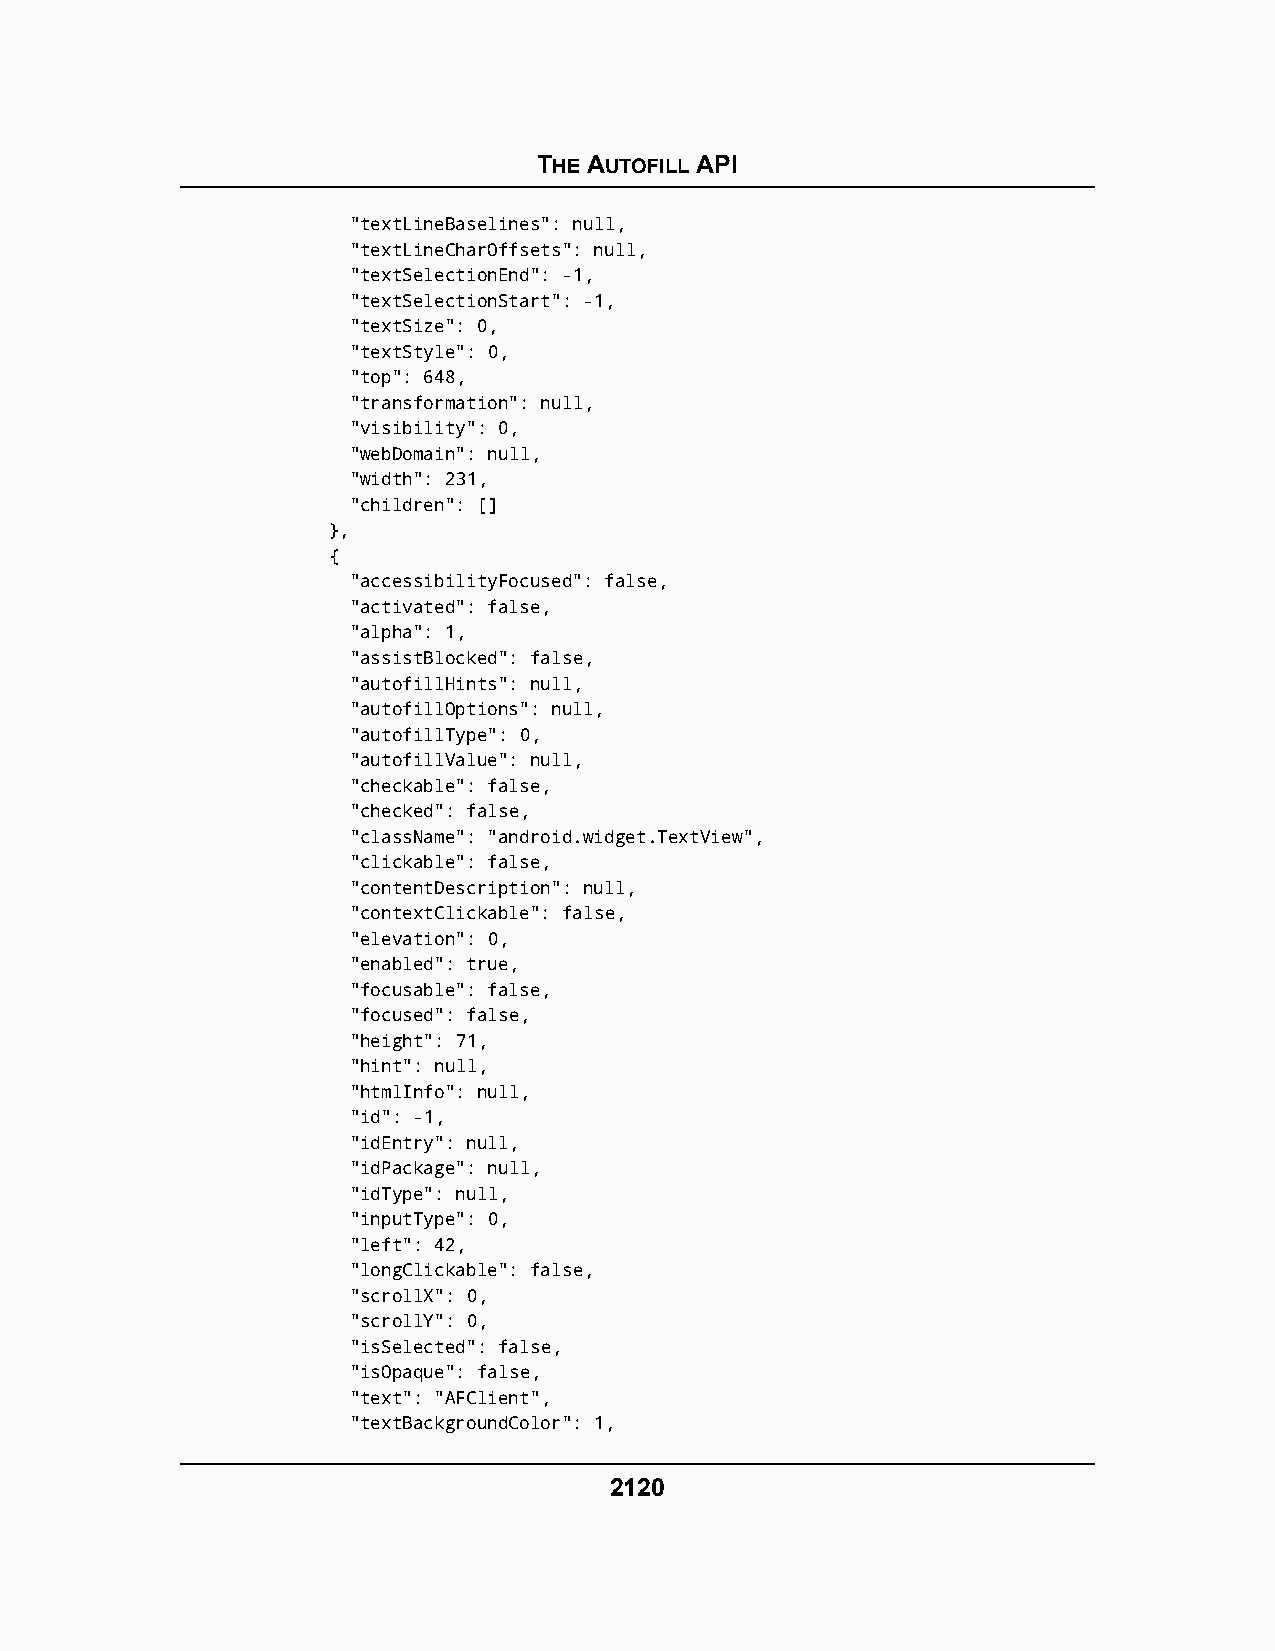
THE AUTOFILL API
 "textLineBaselines": null,
 "textLineCharOffsets": null,
 "textSelectionEnd": -1,
 "textSelectionStart": -1,
 "textSize": 0,
 "textStyle": 0,
 "top": 648,
 "transformation": null,
 "visibility": 0,
 "webDomain": null,
 "width": 231,
 "children": []
 },
 {
 "accessibilityFocused": false,
 "activated": false,
 "alpha": 1,
 "assistBlocked": false,
 "autofillHints": null,
 "autofillOptions": null,
 "autofillType": 0,
 "autofillValue": null,
 "checkable": false,
 "checked": false,
 "className": "android.widget.TextView",
 "clickable": false,
 "contentDescription": null,
 "contextClickable": false,
 "elevation": 0,
 "enabled": true,
 "focusable": false,
 "focused": false,
 "height": 71,
 "hint": null,
 "htmlInfo": null,
 "id": -1,
 "idEntry": null,
 "idPackage": null,
 "idType": null,
 "inputType": 0,
 "left": 42,
 "longClickable": false,
 "scrollX": 0,
 "scrollY": 0,
 "isSelected": false,
 "isOpaque": false,
 "text": "AFClient",
 "textBackgroundColor": 1,
 2120